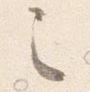
之